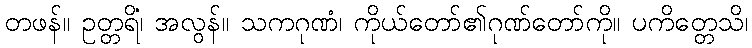
တဖန်။ ဥတ္တရိံ၊ အလွန်။ သကဂုဏံ၊ ကိုယ်တော်၏ဂုဏ်တော်ကို။ ပကိတ္တေသိ၊